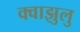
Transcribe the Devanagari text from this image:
क्वाझुलु